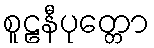
စူဠနီပုတ္တော